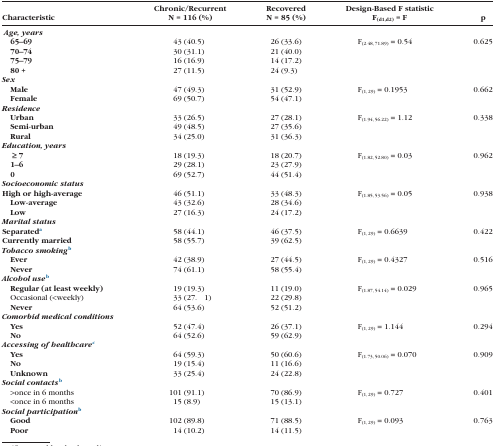
<table><thead><tr><td><b>Characteristic</b></td><td><b>Chronic/RecurrentN = 116 (%)</b></td><td><b>RecoveredN = 85 (%)</b></td><td><b>Design-Based F statistic F<sub>(d1,d2)</sub> = F</b></td><td><b>p</b></td></tr></thead><tbody><tr><td> <i><b>Age, years</b></i></td><td></td><td></td><td></td><td></td></tr><tr><td><b> 65–69</b></td><td>43 (40.5)</td><td>26 (33.6)</td><td rowspan="4">F<sub>(2.48, 71.89)</sub> = 0.54</td><td rowspan="4">0.625</td></tr><tr><td><b> 70–74</b></td><td>30 (31.1)</td><td>21 (40.0)</td></tr><tr><td><b> 75–79</b></td><td>16 (16.9)</td><td>14 (17.2)</td></tr><tr><td><b> 80</b> <b>+</b></td><td>27 (11.5)</td><td>24 (9.3)</td></tr><tr><td><i><b>Sex</b></i></td><td></td><td></td><td></td><td></td></tr><tr><td><b> Male</b></td><td>47 (49.3)</td><td>31 (52.9)</td><td rowspan="2">F<sub>(1, 29)</sub> = 0.1953</td><td rowspan="2">0.662</td></tr><tr><td><b> Female</b></td><td>69 (50.7)</td><td>54 (47.1)</td></tr><tr><td><i><b>Residence</b></i></td><td></td><td></td><td></td><td></td></tr><tr><td><b> Urban</b></td><td>33 (26.5)</td><td>27 (28.1)</td><td rowspan="3">F<sub>(1.94, 56.22)</sub> = 1.12</td><td rowspan="3">0.338</td></tr><tr><td><b> Semi-urban</b></td><td>49 (48.5)</td><td>27 (35.6)</td></tr><tr><td><b> Rural</b></td><td>34 (25.0)</td><td>31 (36.3)</td></tr><tr><td><i><b>Education, years</b></i></td><td></td><td></td><td></td><td></td></tr><tr><td><b> </b> <b>≥</b> <b>7</b></td><td>18 (19.3)</td><td>18 (20.7)</td><td rowspan="3">F<sub>(1.82, 52.80)</sub> = 0.03</td><td rowspan="3">0.962</td></tr><tr><td><b> 1–6</b></td><td>29 (28.1)</td><td>23 (27.9)</td></tr><tr><td><b> 0</b></td><td>69 (52.7)</td><td>44 (51.4)</td></tr><tr><td><i><b>Socioeconomic status</b></i></td><td></td><td></td><td></td><td></td></tr><tr><td><b>High or high-average</b></td><td>46 (51.1)</td><td>33 (48.3)</td><td rowspan="3">F<sub>(1.85, 53.56)</sub> = 0.05</td><td rowspan="3">0.938</td></tr><tr><td><b> Low-average</b></td><td>43 (32.6)</td><td>28 (34.6)</td></tr><tr><td><b> Low</b></td><td>27 (16.3)</td><td>24 (17.2)</td></tr><tr><td><i><b>Marital status</b></i></td><td></td><td></td><td></td><td></td></tr><tr><td><b>Separated</b>a</td><td>58 (44.1)</td><td>46 (37.5)</td><td rowspan="2">F<sub>(1, 29)</sub> = 0.6639</td><td rowspan="2">0.422</td></tr><tr><td><b>Currently married</b></td><td>58 (55.7)</td><td>39 (62.5)</td></tr><tr><td><i><b>Tobacco smoking</b></i>b</td><td></td><td></td><td></td><td></td></tr><tr><td><b> Ever</b></td><td>42 (38.9)</td><td>27 (44.5)</td><td rowspan="2">F<sub>(1, 29)</sub> = 0.4327</td><td rowspan="2">0.516</td></tr><tr><td><b> Never</b></td><td>74 (61.1)</td><td>58 (55.4)</td></tr><tr><td><i><b>Alcohol use</b></i>b</td><td></td><td></td><td></td><td></td></tr><tr><td><b> Regular (at least weekly)</b></td><td>19 (19.3)</td><td>11 (19.0)</td><td rowspan="3">F<sub>(1.87, 54.14)</sub> = 0.029</td><td rowspan="3">0.965</td></tr><tr><td> Occasional (&lt;weekly)</td><td>33 (27. 1)</td><td>22 (29.8)</td></tr><tr><td><b> Never</b></td><td>64 (53.6)</td><td>52 (51.2)</td></tr><tr><td><i><b>Comorbid medical conditions</b></i></td><td></td><td></td><td></td><td></td></tr><tr><td><b> Yes</b></td><td>52 (47.4)</td><td>26 (37.1)</td><td rowspan="2">F<sub>(1, 29)</sub> = 1.144</td><td rowspan="2">0.294</td></tr><tr><td><b> No</b></td><td>64 (52.6)</td><td>59 (62.9)</td></tr><tr><td><i><b>Accessing of healthcare</b></i>c</td><td></td><td></td><td></td><td></td></tr><tr><td><b> Yes</b></td><td>64 (59.3)</td><td>50 (60.6)</td><td rowspan="3">F<sub>(1.73, 50.06)</sub> = 0.070</td><td rowspan="3">0.909</td></tr><tr><td><b> No</b></td><td>19 (15.4)</td><td>11 (16.6)</td></tr><tr><td><b> Unknown</b></td><td>33 (25.4)</td><td>24 (22.8)</td></tr><tr><td><i><b>Social contacts</b></i>b</td><td></td><td></td><td></td><td></td></tr><tr><td> &gt;once in 6 months</td><td>101 (91.1)</td><td>70 (86.9)</td><td rowspan="2">F<sub>(1, 29)</sub> = 0.727</td><td rowspan="2">0.401</td></tr><tr><td> &lt;once in 6 months</td><td>15 (8.9)</td><td>15 (13.1)</td></tr><tr><td><i><b>Social participation</b></i>b</td><td></td><td></td><td></td><td></td></tr><tr><td><b> Good</b></td><td>102 (89.8)</td><td>71 (88.5)</td><td rowspan="2">F<sub>(1, 29)</sub> = 0.093</td><td rowspan="2">0.763</td></tr><tr><td><b> Poor</b></td><td>14 (10.2)</td><td>14 (11.5)</td></tr></tbody></table>